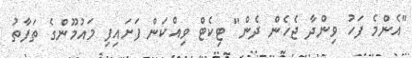
"އެންމެ ފަހު ވިންދާ ޖެހެން ދެން" ޓިކެޓް ވިއްކަން ފަށައިފި މައުމޫންގެ ތަފާތު